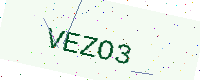
Text: VEZO3